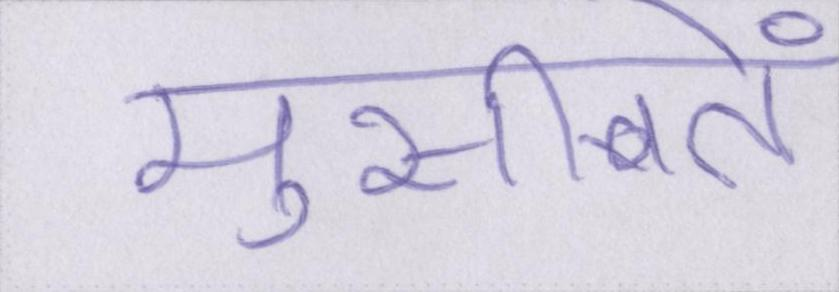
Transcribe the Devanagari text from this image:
मुसीबतें